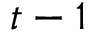
t - 1